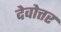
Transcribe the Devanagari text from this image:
देवोत्तर